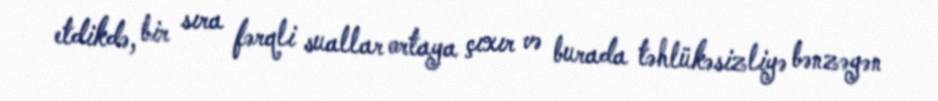
etdikdə, bir sıra fərqli suallar ortaya çıxır və burada təhlükəsizliyə bənzəyən